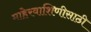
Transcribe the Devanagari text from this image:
माहेरवाशिणीसाठी